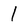
Character: 1